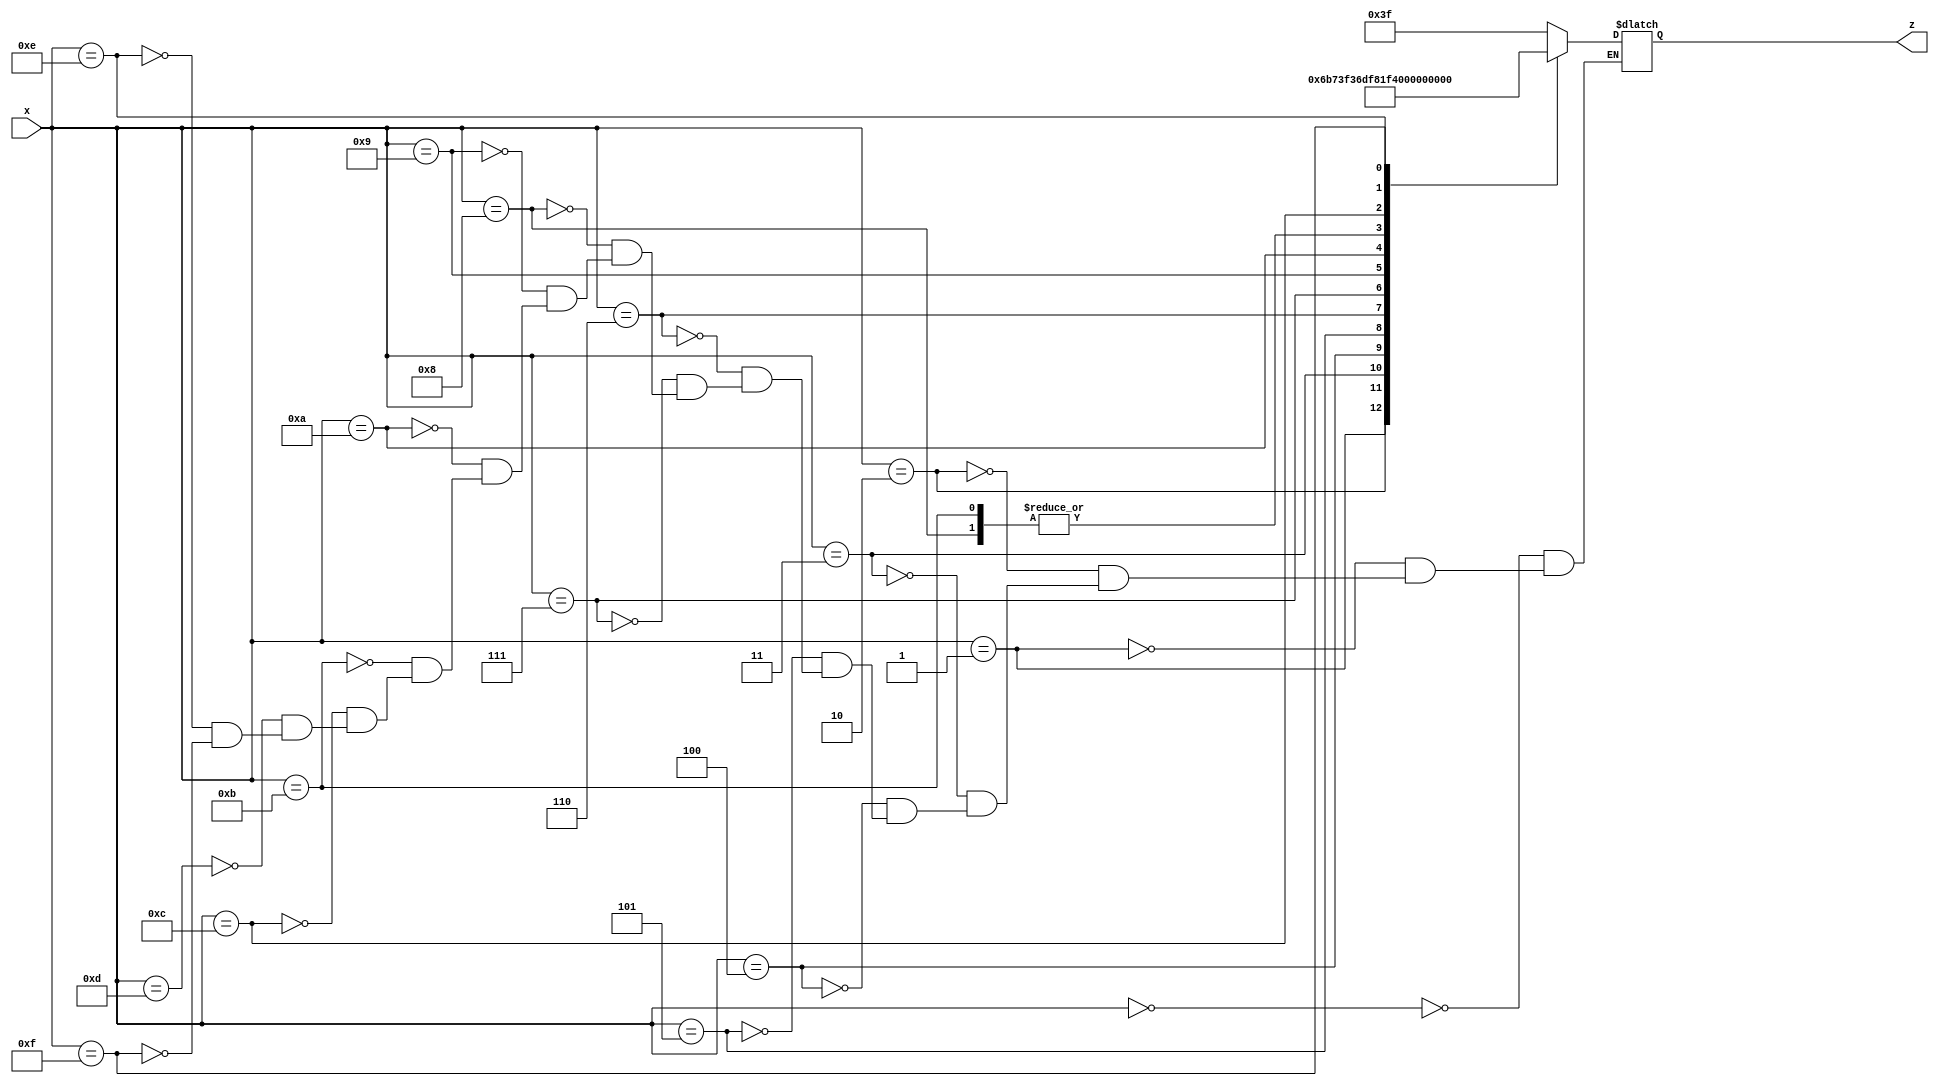
`timescale 1ns / 1ps
//////////////////////////////////////////////////////////////////////////////////
// Company: 
// Engineer: 
// 
// Design Name: 
// Module Name: sevenseg
// Project Name: 
// Target Devices: 
// Tool Versions: 
// Description: 
// 
// Dependencies: 
// 
// Revision:
// Revision 0.01 - File Created
// Additional Comments:
// 
//////////////////////////////////////////////////////////////////////////////////


module sevenseg(
    input  [7:0]x,
    output reg [6:0]z
    );
always @*
case (x)
8'b00000000:      	//Hexadecimal 0
z = 7'b0111111;
8'b00000001:    		//Hexadecimal 1
z = 7'b0000110  ;
8'b00000010:  		// Hexadecimal 2
z = 7'b1011011 ; 
8'b00000011: 		// Hexadecimal 3
z = 7'b1001111 ;
8'b00000100: 		// Hexadecimal 4
z = 7'b1100110 ;
8'b00000101:		// Hexadecimal 5
z =7'b1101101 ;  
8'b00000110:		// Hexadecimal 6
z = 7'b1111100 ;
8'b0000111:		// Hexadecimal 7
z = 7'b0000111;
8'b00001000:     		 //Hexadecimal 8
z = 7'b1111111;
8'b00001001:     		//Hexadecimal 9
z = 7'b1100111 ;
8'b00001010:   		// Hexadecimal A
z = 7'b1110111 ;
8'b00001011:  		// Hexadecimal B
z = 7'b1111111 ;
8'b00001100: 		// Hexadecimal C
z = 7'b0111001 ;
8'b00001101: 		// Hexadecimal D
z = 7'b0111111 ;
8'b00001110: 		// Hexadecimal E
z = 7'b1111001 ;
8'b00001111: 		// Hexadecimal F
z = 7'b1110001 ;
endcase
 
endmodule